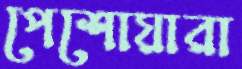
পেশোয়ারা